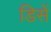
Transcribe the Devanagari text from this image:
डिसें